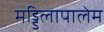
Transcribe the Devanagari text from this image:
मड्डिलापालेम